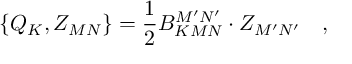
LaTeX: \left\{ Q _ { K } , Z _ { M N } \right\} = \frac 1 2 B _ { K M N } ^ { M ^ { \prime } N ^ { \prime } } \cdot Z _ { M ^ { \prime } N ^ { \prime } } \quad ,